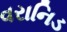
વરાનિડ